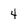
Character: 4